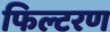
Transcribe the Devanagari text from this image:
फिल्टरण